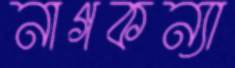
নাগকন্যা